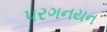
પરગનયન